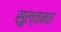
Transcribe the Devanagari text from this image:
सुल्तनत